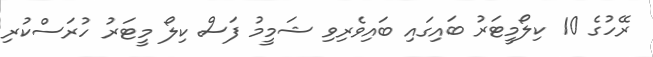
ރޭހުގެ 10 ކިލޯމީޓަރު ބައިގައި ބައިވެރިވި ޝަމީމު ފަސް ކިލޯ މީޓަރު ހުރަސްކުރި